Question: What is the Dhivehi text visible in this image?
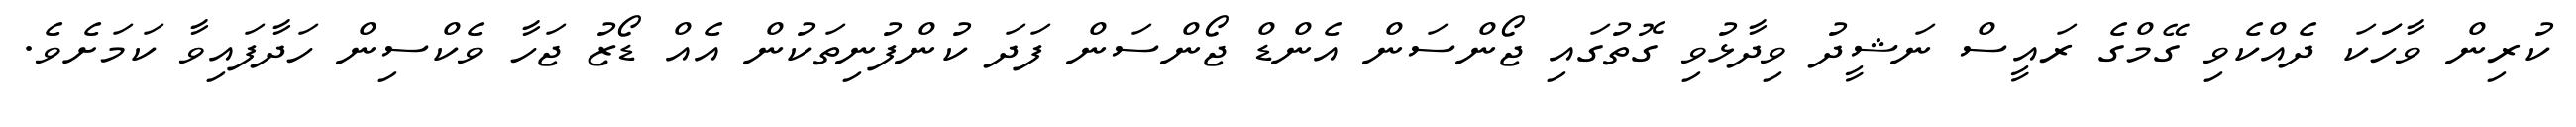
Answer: ކުރިން ވާހަަކަ ދެއްކެވި ގޭމްގެ ރައީސް ނަޝީދު ވިދާޅުވި ގޮތުގައި ޖޯންސަން އެންޑް ޖޯންސަން ފަދަ ކުންފުނިތަކުން އެއް ޑޯޒު ޖަހާ ވެކްސިން ހަދާފައިވާ ކަމަށެވެ.